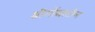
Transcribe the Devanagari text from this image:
श्रीगोंद्यातील